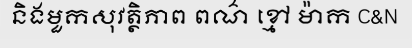
និងមួកសុវត្ថិភាព ពណ៌ ខ្មៅ ម៉ាក C&N